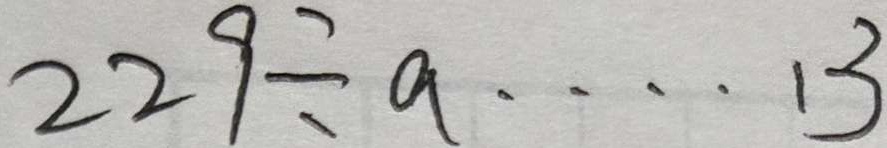
2 2 9 \div a \cdots 1 3